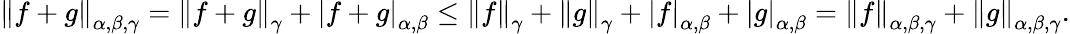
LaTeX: \begin{array}{r}{\left\| f+g\right\| _{\alpha,\beta,\gamma}=\left\| f+g\right\| _{\gamma}+\left|f+g\right|_{\alpha,\beta}\leq\left\| f\right\| _{\gamma}+\left\| g\right\| _{\gamma}+\left|f\right|_{\alpha,\beta}+\left|g\right|_{\alpha,\beta}=\left\| f\right\| _{\alpha,\beta,\gamma}+\left\| g\right\| _{\alpha,\beta,\gamma}.}\end{array}